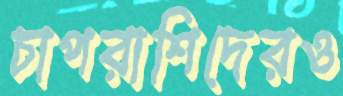
চাপরাশিদেরও